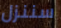
سننزل